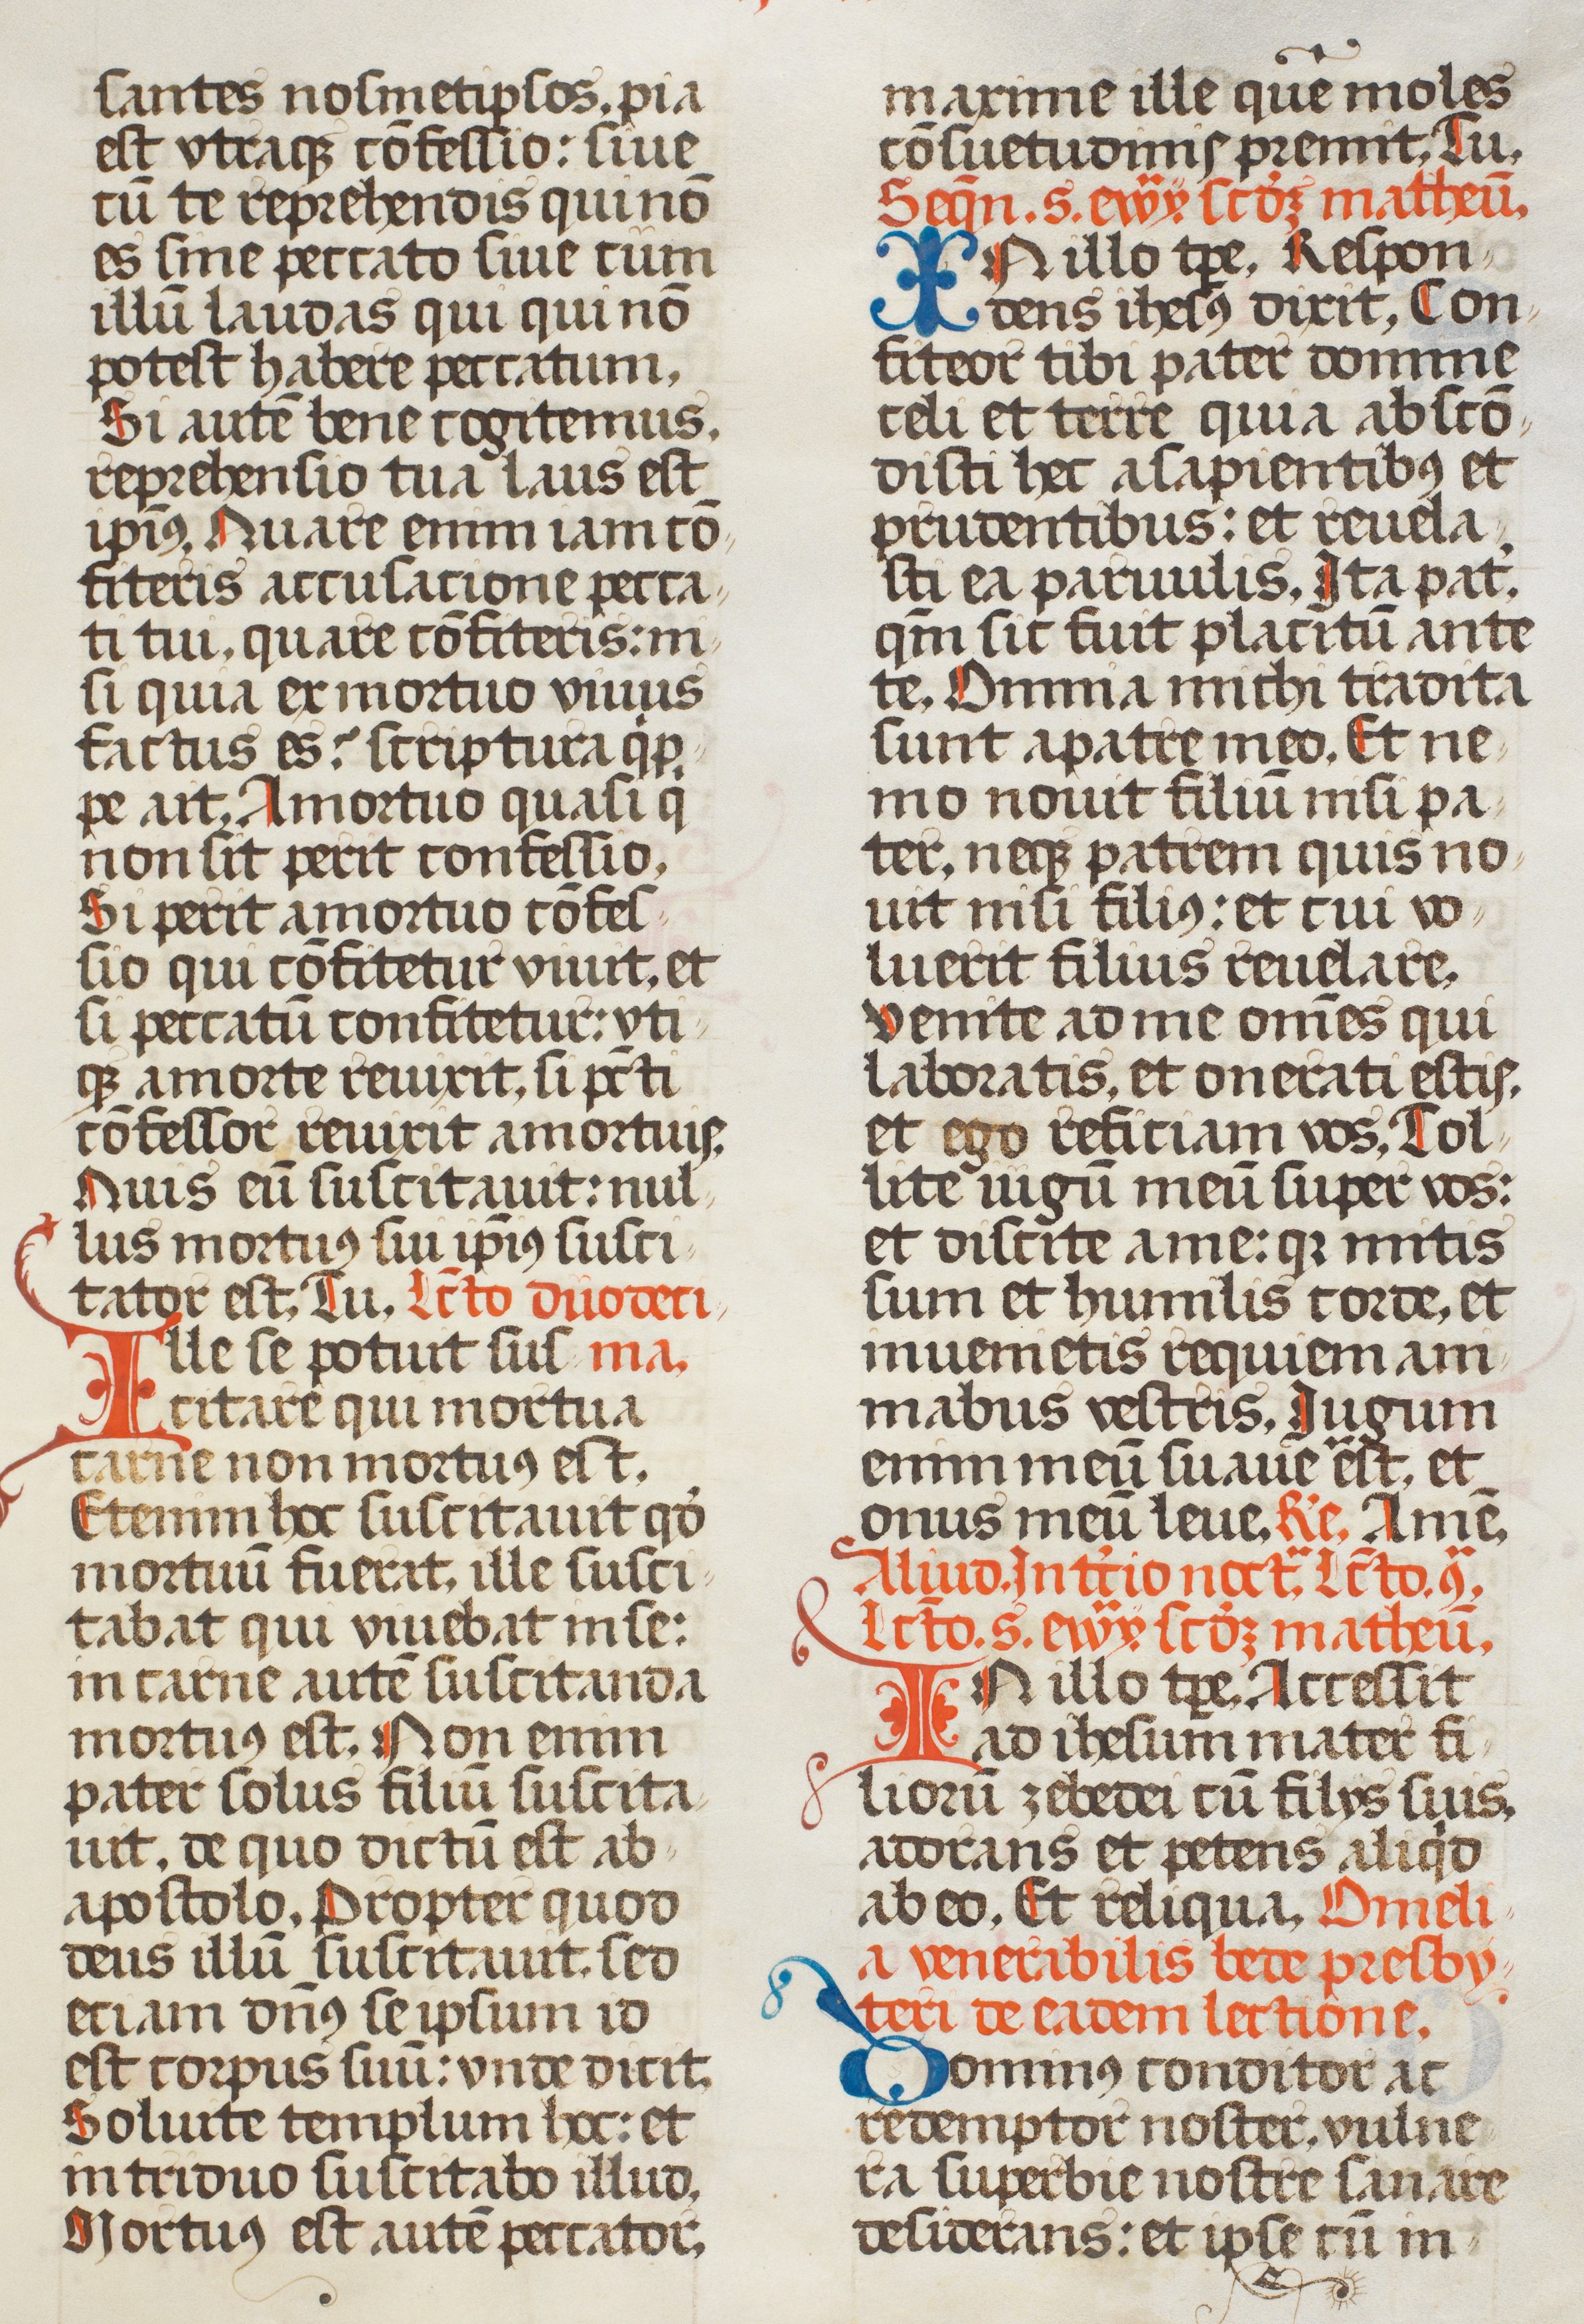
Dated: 1507–1517